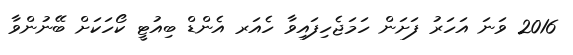
2016 ވަނަ އަހަރު ފަށަން ހަމަޖެހިފައިވާ ހެއަރ އެންޑް ބިއުޓީ ކޯހަކަށް ބޭނުންވާ